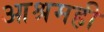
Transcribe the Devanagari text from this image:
आश्रमही